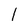
Character: l